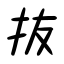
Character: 抜